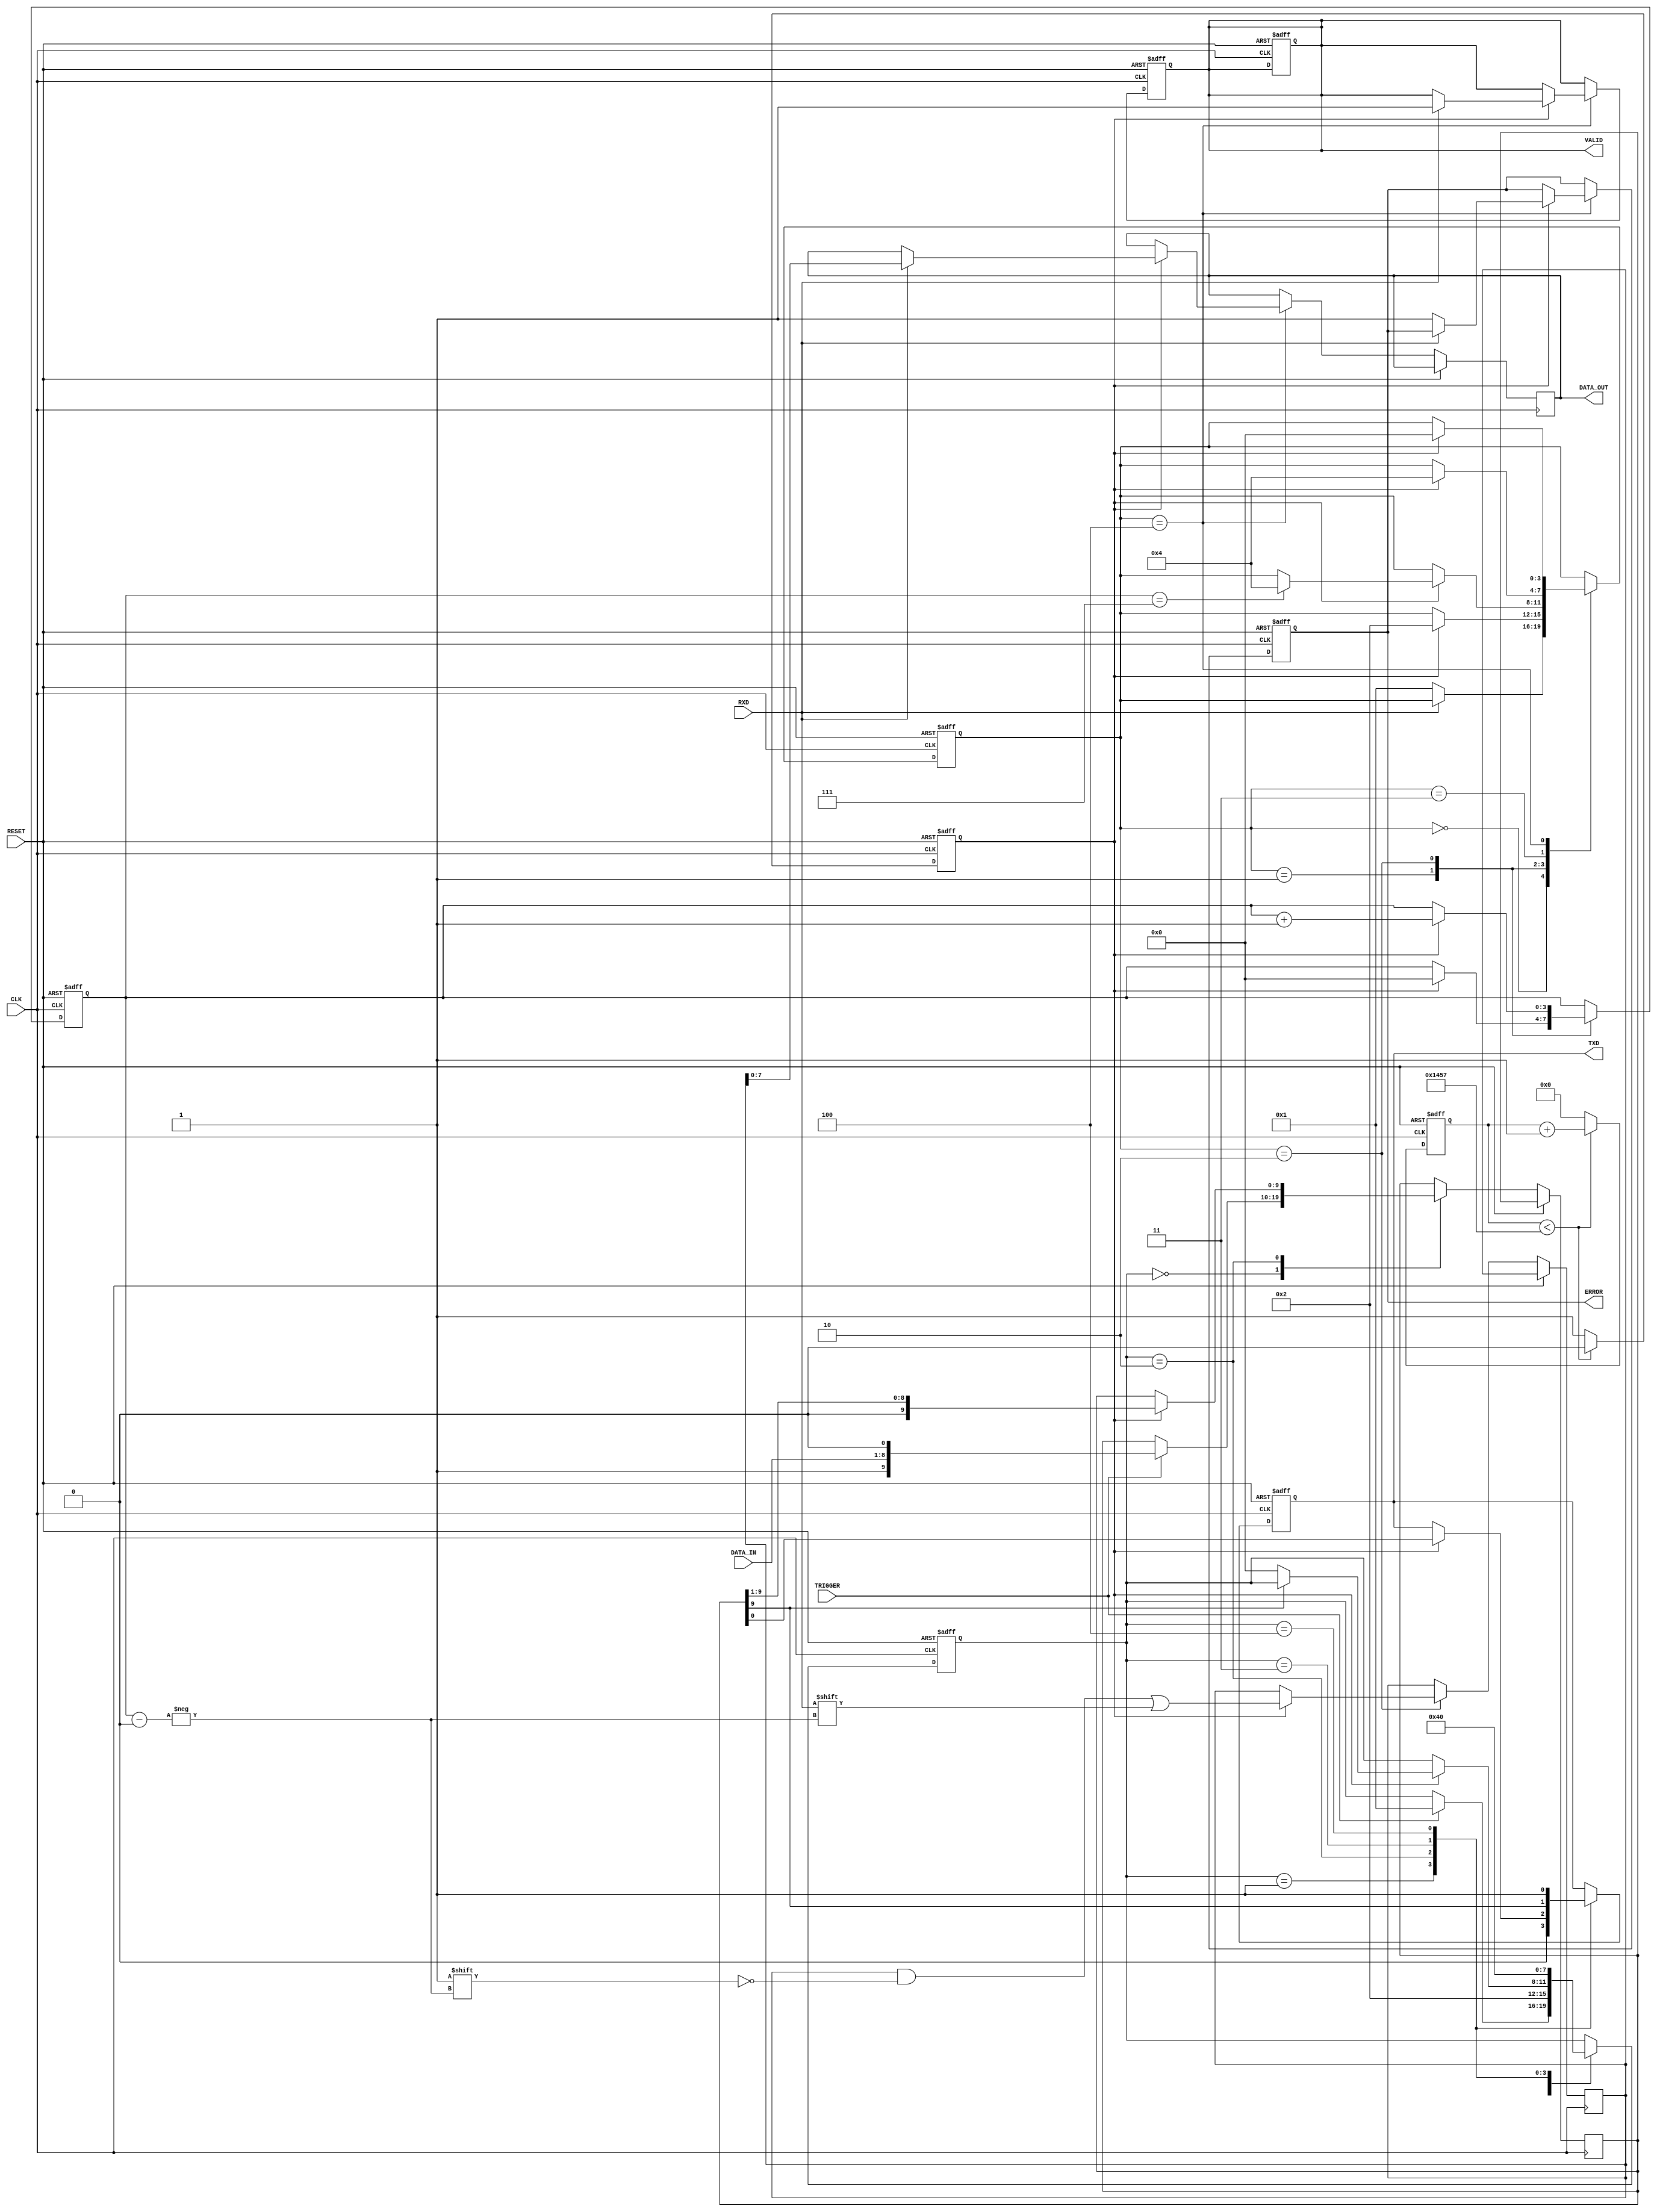
module parameterized_uart #( 
    parameter BAUD_RATE = 9600,
    parameter DATA_BITS = 8,
    parameter STOP_BITS = 1,
    parameter PARITY = "NONE", // "NONE", "EVEN", "ODD"
    parameter CLOCK_FREQ = 50000000 // 50 MHz
)(
    input wire CLK,
    input wire RESET,
    input wire RXD,
    input wire [DATA_BITS-1:0] DATA_IN,
    input wire TRIGGER, // Signal to start transmission
    output reg TXD,
    output reg [DATA_BITS-1:0] DATA_OUT,
    output reg VALID,
    output reg ERROR
);

    // Baud rate generation
    localparam BAUD_DIV = CLOCK_FREQ / BAUD_RATE;
    reg [15:0] baud_counter;
    reg sample_tick;

    // TX state machine
    reg [3:0] tx_state;
    reg [DATA_BITS+1:0] tx_shift_reg; // Includes start, data, parity, and stop

    // RX state machine
    reg [3:0] rx_state;
    reg [DATA_BITS+1:0] rx_shift_reg;
    reg [3:0] bit_count;

    // State definitions
    localparam TX_IDLE = 0, TX_START = 1, TX_DATA = 2, TX_PARITY = 3, TX_STOP = 4;
    localparam RX_IDLE = 0, RX_START = 1, RX_DATA = 2, RX_PARITY = 3, RX_STOP = 4;

    // Baud rate generator
    always @(posedge CLK or posedge RESET) begin
        if (RESET) begin
            baud_counter <= 0;
            sample_tick <= 0;
        end else begin
            if (baud_counter < BAUD_DIV - 1) begin
                baud_counter <= baud_counter + 1;
                sample_tick <= 0;
            end else begin
                baud_counter <= 0;
                sample_tick <= 1;
            end
        end
    end

    // Transmitter logic
    always @(posedge CLK or posedge RESET) begin
        if (RESET) begin
            TXD <= 1; // Idle state
            tx_state <= TX_IDLE;
            VALID <= 0;
        end else begin
            case (tx_state)
                TX_IDLE: begin
                    if (TRIGGER) begin
                        tx_shift_reg <= {1'b1, DATA_IN, 1'b0}; // Start bit + data + stop bit
                        if (PARITY == "EVEN")
                            tx_shift_reg[DATA_BITS + 1] <= ^DATA_IN; // Even parity
                        else if (PARITY == "ODD")
                            tx_shift_reg[DATA_BITS + 1] <= ~(^DATA_IN); // Odd parity
                        tx_state <= TX_START;
                    end
                end

                TX_START: begin
                    TXD <= 0; // Send start bit
                    tx_state <= TX_DATA;
                end

                TX_DATA: begin
                    if (sample_tick) begin
                        TXD <= tx_shift_reg[0];
                        tx_shift_reg <= tx_shift_reg >> 1;
                        if (tx_shift_reg[DATA_BITS + 1] == 0) begin // Last data bit
                            if (STOP_BITS == 2)
                                tx_state <= TX_STOP;
                            else
                                tx_state <= TX_IDLE;
                        end
                    end
                end

                TX_PARITY: begin
                    TXD <= tx_shift_reg[DATA_BITS + 1]; // Send parity bit
                    tx_state <= TX_STOP;
                end

                TX_STOP: begin
                    TXD <= 1; // Send stop bit
                    tx_state <= TX_IDLE;
                end
            endcase
        end
    end

    // Receiver logic
    always @(posedge CLK or posedge RESET) begin
        if (RESET) begin
            rx_state <= RX_IDLE;
            bit_count <= 0;
            VALID <= 0;
            ERROR <= 0;
        end else begin
            case (rx_state)
                RX_IDLE: begin
                    if (RXD == 0) begin // Detect start bit
                        rx_state <= RX_START;
                    end
                end

                RX_START: begin
                    if (sample_tick) begin
                        rx_state <= RX_DATA;
                        bit_count <= 0;
                    end
                end

                RX_DATA: begin
                    if (sample_tick) begin
                        rx_shift_reg[bit_count] <= RXD;
                        bit_count <= bit_count + 1;
                        if (bit_count == DATA_BITS - 1) begin
                            if (PARITY != "NONE") begin
                                rx_state <= RX_PARITY;
                            end else begin
                                rx_state <= RX_STOP;
                            end
                        end
                    end
                end

                RX_PARITY: begin
                    if (sample_tick) begin
                        // Check parity
                        if ((PARITY == "EVEN" && ^rx_shift_reg[DATA_BITS-1:0] != RXD) ||
                            (PARITY == "ODD" && ^rx_shift_reg[DATA_BITS-1:0] == RXD)) begin
                            ERROR <= 1; // Parity error
                        end
                        rx_state <= RX_STOP;
                    end
                end

                RX_STOP: begin
                    if (sample_tick) begin
                        if (RXD == 1) begin
                            DATA_OUT <= rx_shift_reg[DATA_BITS-1:0]; // Output the data
                            VALID <= 1; // Indicate valid data
                        end else begin
                            ERROR <= 1; // Framing error
                        end
                        rx_state <= RX_IDLE;
                    end
                end
            endcase
        end
    end

endmodule